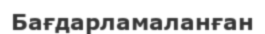
Бағдарламаланған